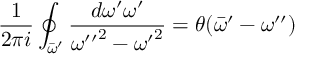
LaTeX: { \frac { 1 } { 2 \pi i } } \oint _ { \bar { \omega } ^ { \prime } } { \frac { d \omega ^ { \prime } \omega ^ { \prime } } { { \omega ^ { \prime \prime } } ^ { 2 } - { \omega ^ { \prime } } ^ { 2 } } } = \theta ( \bar { \omega } ^ { \prime } - \omega ^ { \prime \prime } )